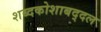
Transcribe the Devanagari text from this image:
शब्दकोशाबद्दल